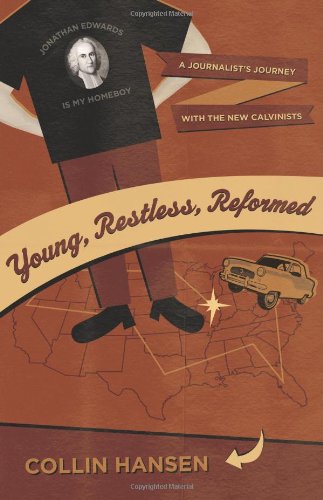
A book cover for Young, Restless, Reformed: A Journalist's Journey with the New Calvinists; Collin Hansen; Christian Books & Bibles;